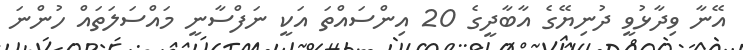
އޭނާ ވިދާޅުވީ ދުނިޔޭގެ އާބާދީގެ 20 އިންސައްތަ އަކީ ނަފްސާނީ މައްސަލަތައް ހުންނަ